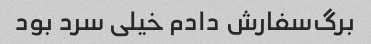
برگ‌سفارش دادم خیلی سرد بود